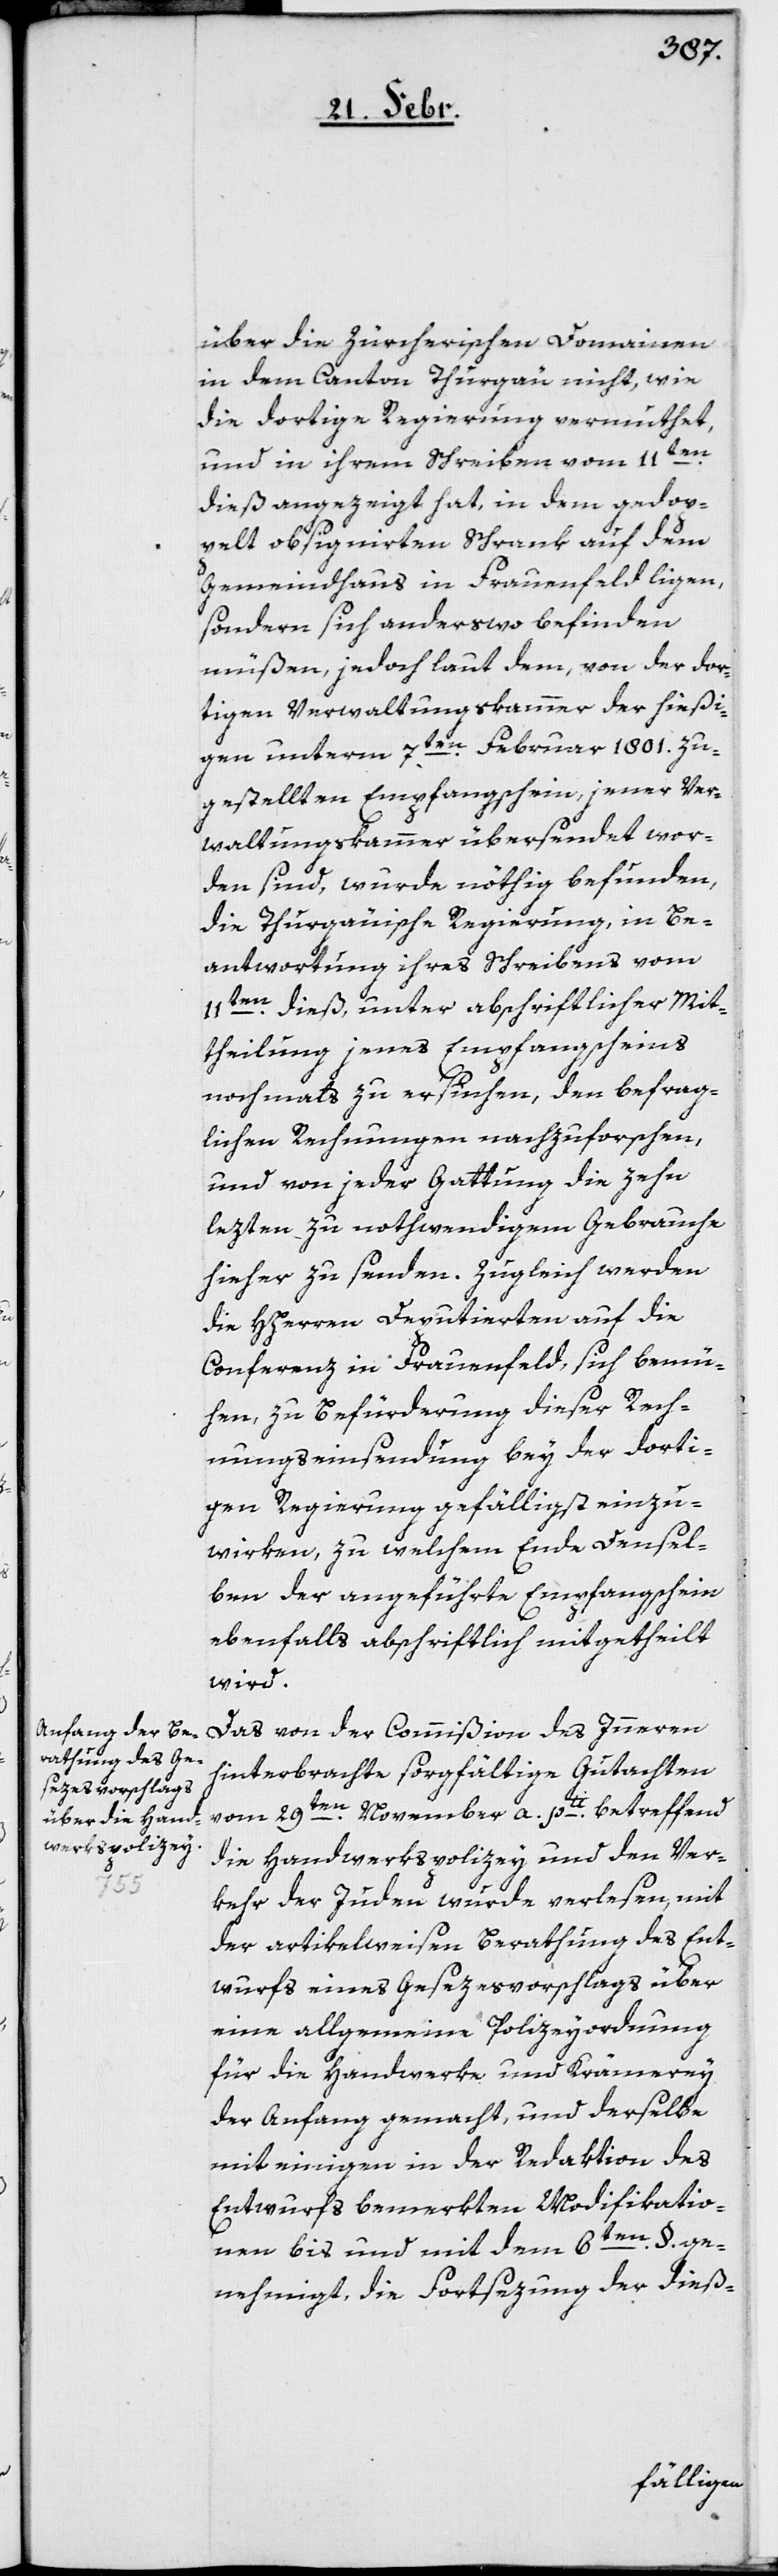
über die Zürcherischen Domainen
in dem Canton Thurgäu nicht, wie
die dortige Regierung vermuthet,
und in ihrem Schreiben vom 11ten.
dieß angezeigt hat, in dem gedop¬
pelt obsignierten Schrank auf dem
Gemeindhaus in Frauenfeld ligen,
sondern sich anderswo befinden
müßen, jedoch laut dem, von der dor¬
tigen Verwaltungskammer der hießi¬
gen unterm 7ten. Februar 1801. zu¬
gestellten Empfangsschein jener Ver¬
waltungskammer übersendet wor¬
den sind, wurde nöthig befunden,
die Thurgäuische Regierung in Be¬
antwortung ihres Schreibens vom
11ten. dieß, unter abschriftlicher Mit¬
theilung jenes Empfangsscheins
nochmals zu ersuchen, den befrag¬
lichen Rechnungen nachzuforschen,
und von jeder Gattung die zehn
lezten zu nothwendigem Gebrauche
hieher zu senden. Zugleich werden
die HHerren Deputierten auf die
Conferenz in Frauenfeld sich bemü¬
hen, zu Befürderung dieser Rech¬
nungseinsendung bey der dorti¬
gen Regierung gefälligst einzu¬
wirken, zu welchem Ende Densel¬
ben der angeführte Empfangsschein
ebenfalls abschriftlich mitgetheilt
wird.
Das von der Commißion des Innern
hinterbrachte sorgfältige Gutachten
vom 29ten. November a. pti. betreffend
die Handwerkspolizey und den Ver¬
kehr der Juden wurde verlesen, mit
der artikelweisen Berathung des Ent¬
wurfs eines Gesezesvorschlags über
eine allgemeine Polizeyordnung
für die Handwerke und Krämerey
der Anfang gemacht, und derselbe
mit einigen in der Redaktion des
Entwurfs bemerkten Modifikatio¬
nen bis und mit dem 6ten. §. ge¬
nehmigt, die Forstsezung der dieß-